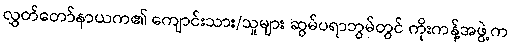
လွှတ်တော်နာယက၏ ကျောင်းသား/သူများ ဆွမ်ပရာဘွမ်တွင် ကိုးကန့်အဖွဲ့က